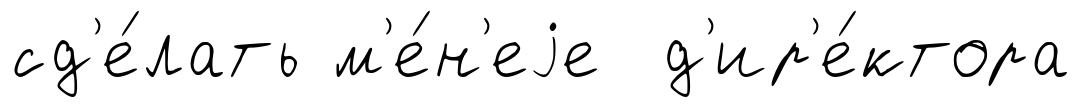
сд'е́лать м'е́н'еjе д'ир'е́ктора